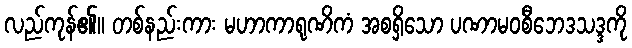
လည်ကုန်၏။ တစ်နည်းကား မဟာကာရုဏိကံ အစရှိသော ပဏာမဝစီဘေဒသဒ္ဒကို